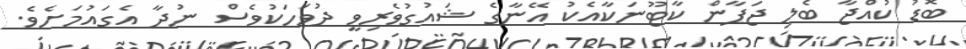
ބޮޑު ކުއްޖާ ބެލި ޖަޕާން ކާޓޫނަކާއެކު އޭނާގެ ޝައުގުވެރިވީ ދުވަހަކުވެސް ނުދާ އެގައުމަށެވެ.